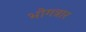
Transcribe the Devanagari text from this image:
भोगत्रार